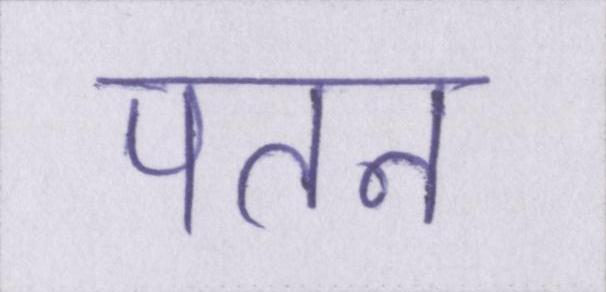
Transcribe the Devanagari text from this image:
पतन